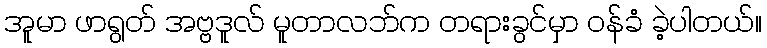
အူမာ ဖာရွတ် အဗ္ဗဒူလ် မူတာလဘ်က တရားခွင်မှာ ဝန်ခံ ခဲ့ပါတယ်။